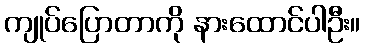
ကျုပ်ပြောတာကို နားထောင်ပါဦး။